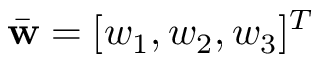
\bar { { \bf w } } = [ w _ { 1 } , w _ { 2 } , w _ { 3 } ] ^ { T }